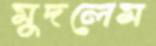
মুদলেম